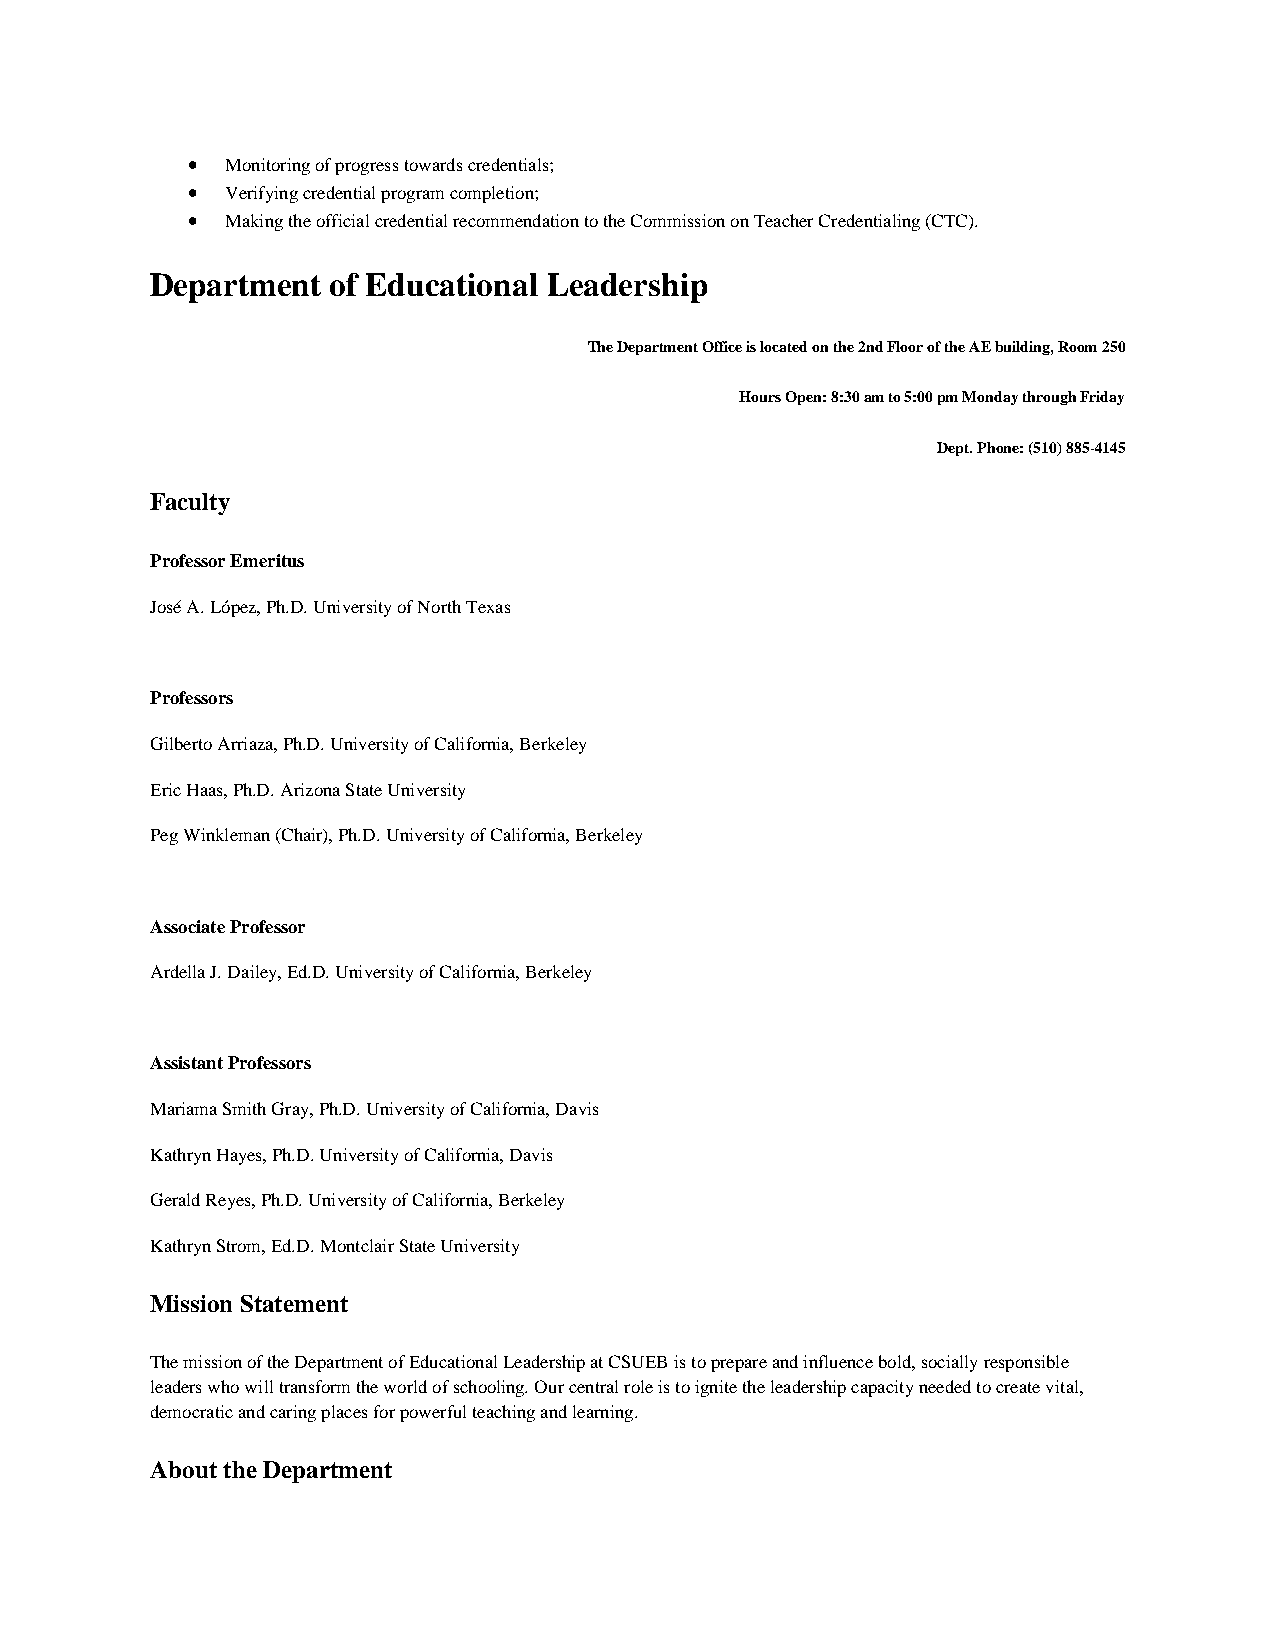
•  Monitoring of progress towards credentials;
 •  Verifying credential program completion;
 •  Making the official credential recommendation to the Commission on Teacher Credentialing (CTC).
 Department  of Educational Leadership
 The Department Office is located on the 2nd Floor of the AE building, Room 250
 Hours Open: 8:30 am to 5:00 pm Monday through Friday
 Dept. Phone: (510) 885-4145
 Faculty
 Professor Emeritus
 José A. López, Ph.D. University of North Texas
 Professors
 Gilberto Arriaza, Ph.D. University of California, Berkeley
 Eric Haas, Ph.D. Arizona State University
 Peg Winkleman (Chair), Ph.D. University of California, Berkeley
 Associate Professor
 Ardella J. Dailey, Ed.D. University of California, Berkeley
 Assistant Professors
 Mariama Smith Gray, Ph.D. University of California, Davis
 Kathryn Hayes, Ph.D. University of California, Davis
 Gerald Reyes, Ph.D. University of California, Berkeley
 Kathryn Strom, Ed.D. Montclair State University
 Mission Statement
 The mission of the Department of Educational Leadership at CSUEB is to prepare and influence bold, socially responsible
 leaders who will transform the world of schooling. Our central role is to ignite the leadership capacity needed to create vital,
 democratic and caring places for powerful teaching and learning.
 About the Department